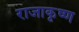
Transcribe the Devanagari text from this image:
राजाकृष्ण